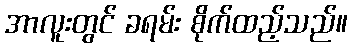
အာလူးတွင် ခရမ်း စိုက်ထည့်သည်။